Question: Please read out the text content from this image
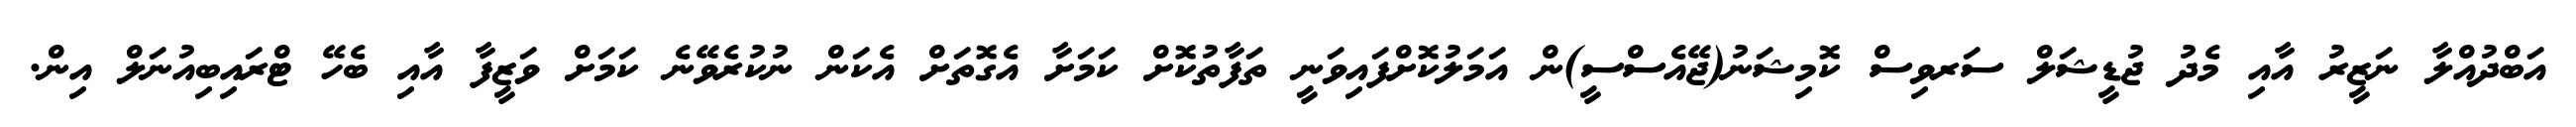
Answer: އަބްދުއްލާ ނަޒީރު އާއި މެދު ޖުޑީޝަލް ސަރވިސް ކޮމިޝަނު(ޖޭއެސްސީ)ން އަމަލުކޮށްފައިވަނީ ތަފާތުކޮށް ކަމަށާ އެގޮތަށް އެކަން ނުކުރެވޭނެ ކަމަށް ވަޒީފާ އާއި ބެހޭ ޓްރައިބިއުނަލް އިން.